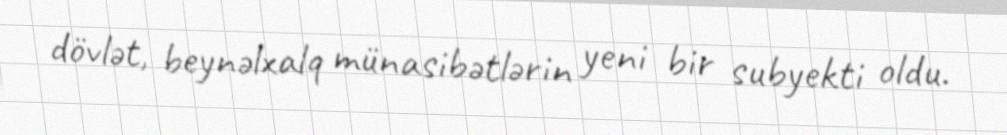
dövlət, beynəlxalq münasibətlərin yeni bir subyekti oldu.